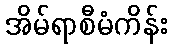
အိမ်ရာစီမံကိန်း